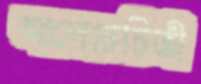
আলোচচিত্রী